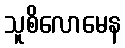
သူစိလောမေန